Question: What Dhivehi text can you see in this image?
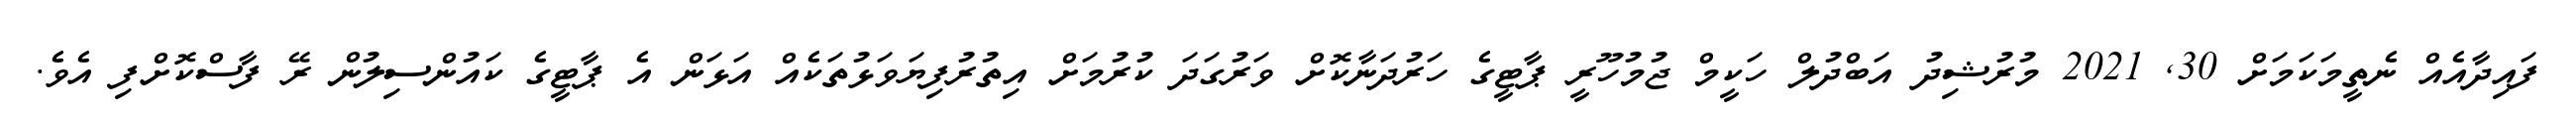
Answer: ފައިދާއެއް ނެތީމަކަމަށް 30, 2021 މުރުޝިދު އަބްދުލް ހަކީމް ޖުމުހޫރީ ޕާޓީގެ ހަރުދަނާކޮށް ވަރުގަދަ ކުރުމަށް އިތުރުފިޔަވަޅުތަކެއް އަޅަން އެ ޕާޓީގެ ކައުންސިލުން ރޭ ފާސްކޮށްފި އެވެ.